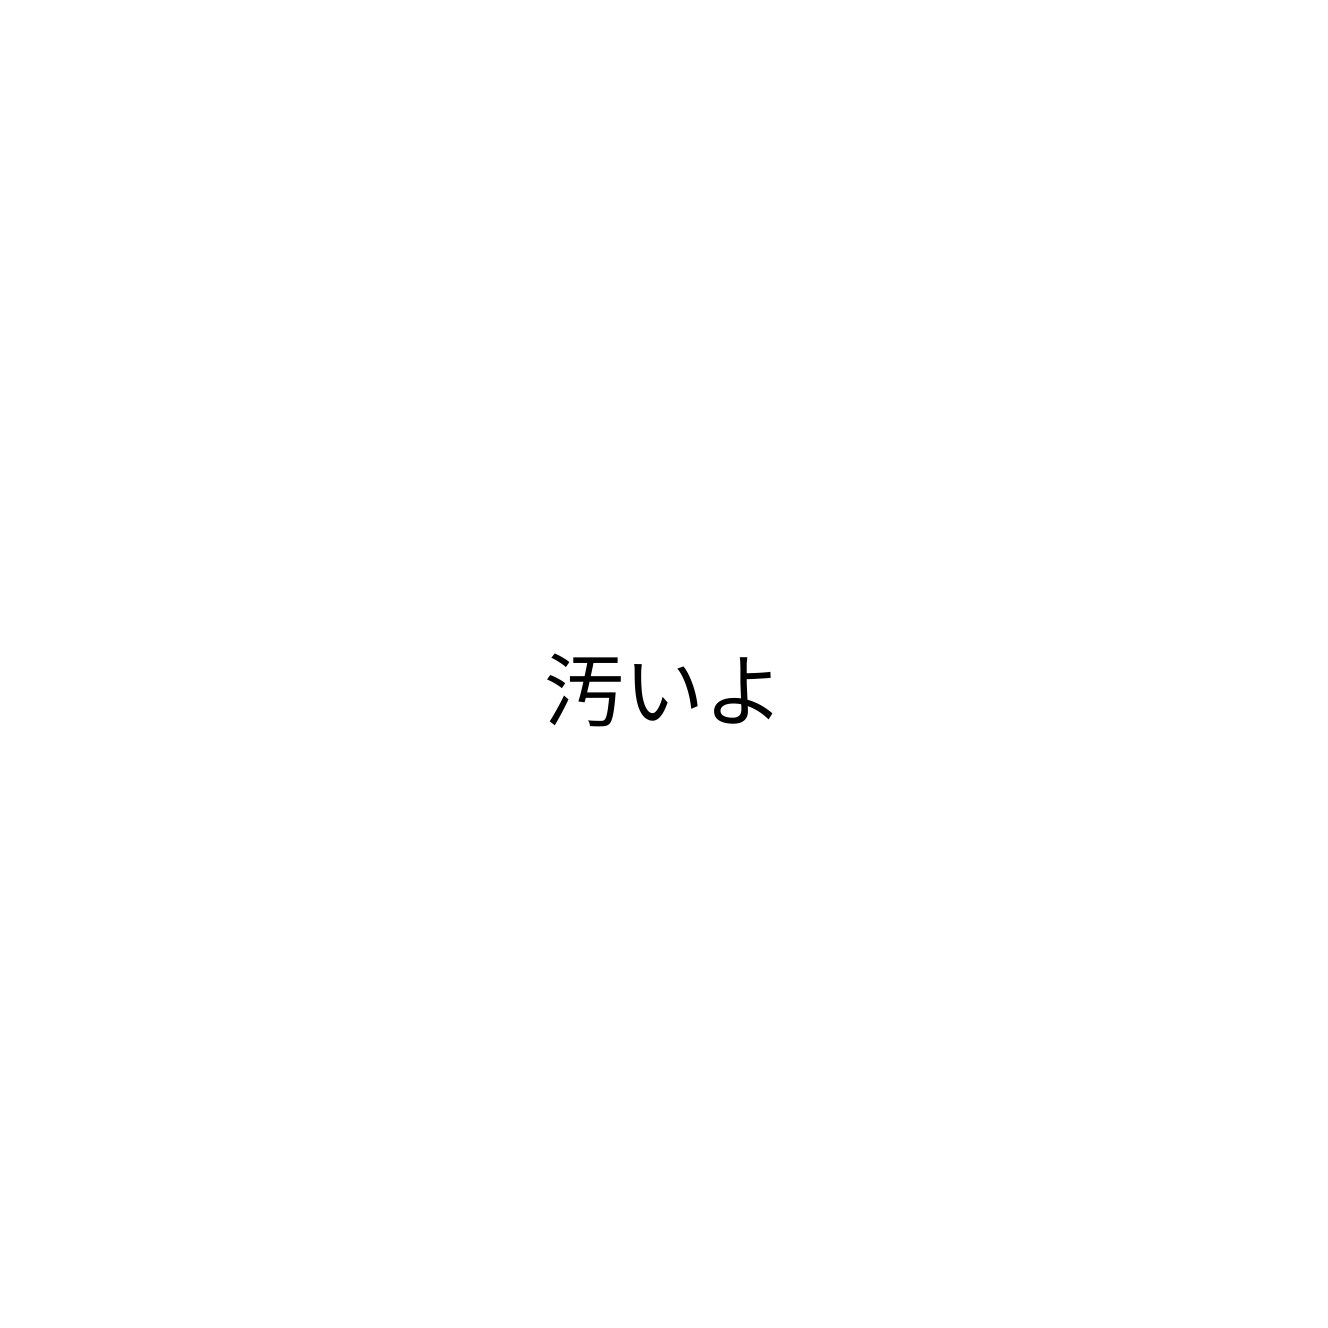
汚いよ